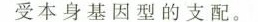
受本身基因型的支配。